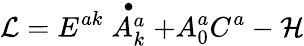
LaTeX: {\cal L}=E^{ak}\stackrel{\bullet}{A_{k}^{a}}+A_{0}^{a}C^{a}-{\cal H}